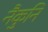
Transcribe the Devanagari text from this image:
नैकुनि